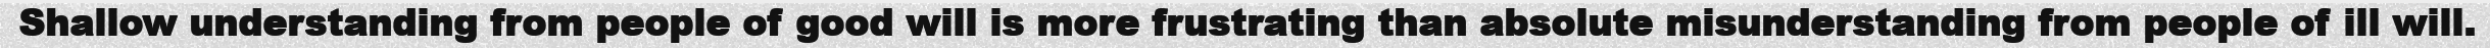
Shallow understanding from people of good will is more frustrating than absolute misunderstanding from people of ill will.